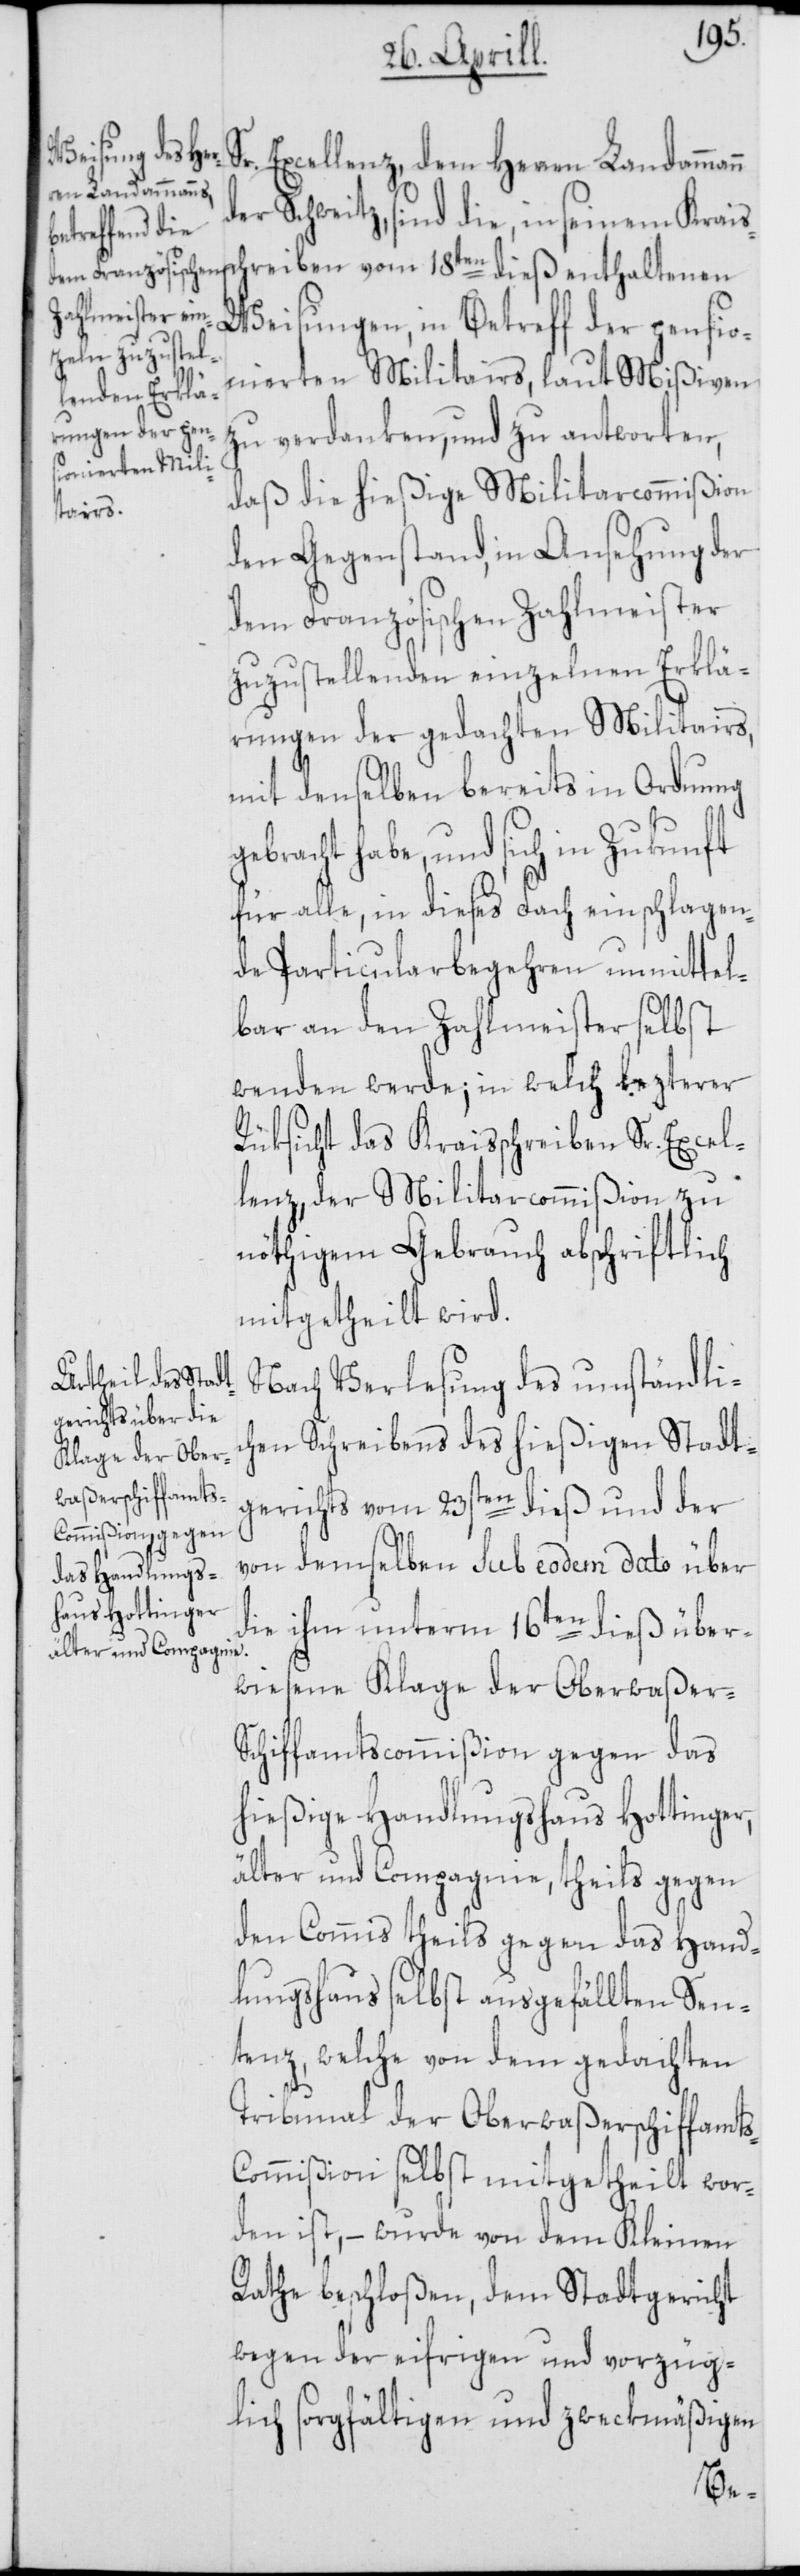
r. Excellenz, dem Herren Landammann
der Schweitz, sind die, in seinem Krais¬
schreiben vom 18ten dieß enthaltenen
Weisungen, in Betreff der pensio¬
nierten Militairs, laut Mißiven
zu verdanken, und zu antworten,
daß die hießige Militarcommißion
den Gegenstand, in Ansehung der
dem Französischen Zahlmeister
zuzustellenden einzelnen Erklä¬
rungen der gedachten Militairs,
mit denselben bereits in Ordnung
bracht habe, und sich in Zukunft
für alle, in dieses Fach einschlagen¬
den Particularbegehren unmittel¬
bar an den Zahlmeister selbst
wenden werde; in welch lezterer
Rüksicht das Kraisschreiben Sr. Excel¬
lenz, der Militarcommißion zu
nöthigem Gebrauch abschriftlich
mitgetheilt wird.
Nach Verlesung des umständlic¬
hen Schreibens des hießigen Stadt¬
gerichts vom 23sten dieß und der
von demselben sub eodem dato über
die ihm unterm 16ten dieß über¬
wiesene Klage der Oberwaßer-S¬
chiffamtscommißion gegen das
hießige Handlungshaus Hottinger,
älter und Compagnie, theils gegen
den Commis theils gegen das Hand¬
lungshaus selbst ausgefällten Sen¬
tenz, welche von dem gedachten
Tribunal der Oberwaßerschiffamts-C¬
ommißion selbst mitgetheilt wor¬
den ist, – wurde von dem Kleinen
Rathe beschloßen, dem Stadtgericht
wegen der eifrigen und vorzüg¬
lich sorgfältigen und zweckmäßigen
ge¬